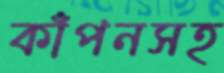
কাঁপনসহ